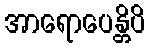
အာရောပေန္တိပိ